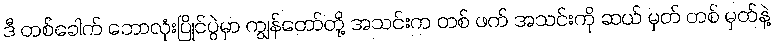
ဒီ တစ်ခေါက် ဘောလုံးပြိုင်ပွဲမှာ ကျွန်တော်တို့ အသင်းက တစ် ဖက် အသင်းကို ဆယ် မှတ် တစ် မှတ်နဲ့